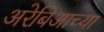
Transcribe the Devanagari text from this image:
अरेबिआच्या